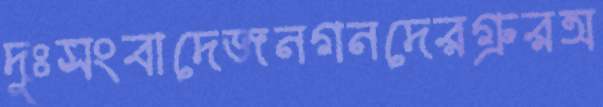
দুঃসংবাদেজনগনদেরগ্রুরঅ